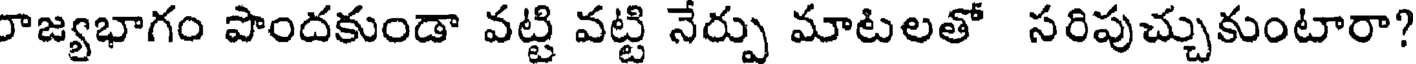
రాజ్యభాగం పొందకుండా వట్టి వట్టి నేర్పు మాటలతో సరిపుచ్చుకుంటారా?